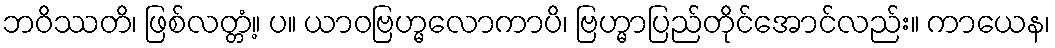
ဘဝိဿတိ၊ ဖြစ်လတ္တံ့။ ပ။ ယာဝဗြဟ္မလောကာပိ၊ ဗြဟ္မာပြည်တိုင်အောင်လည်း။ ကာယေန၊